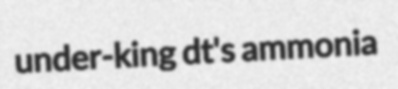
under-king dt's ammonia